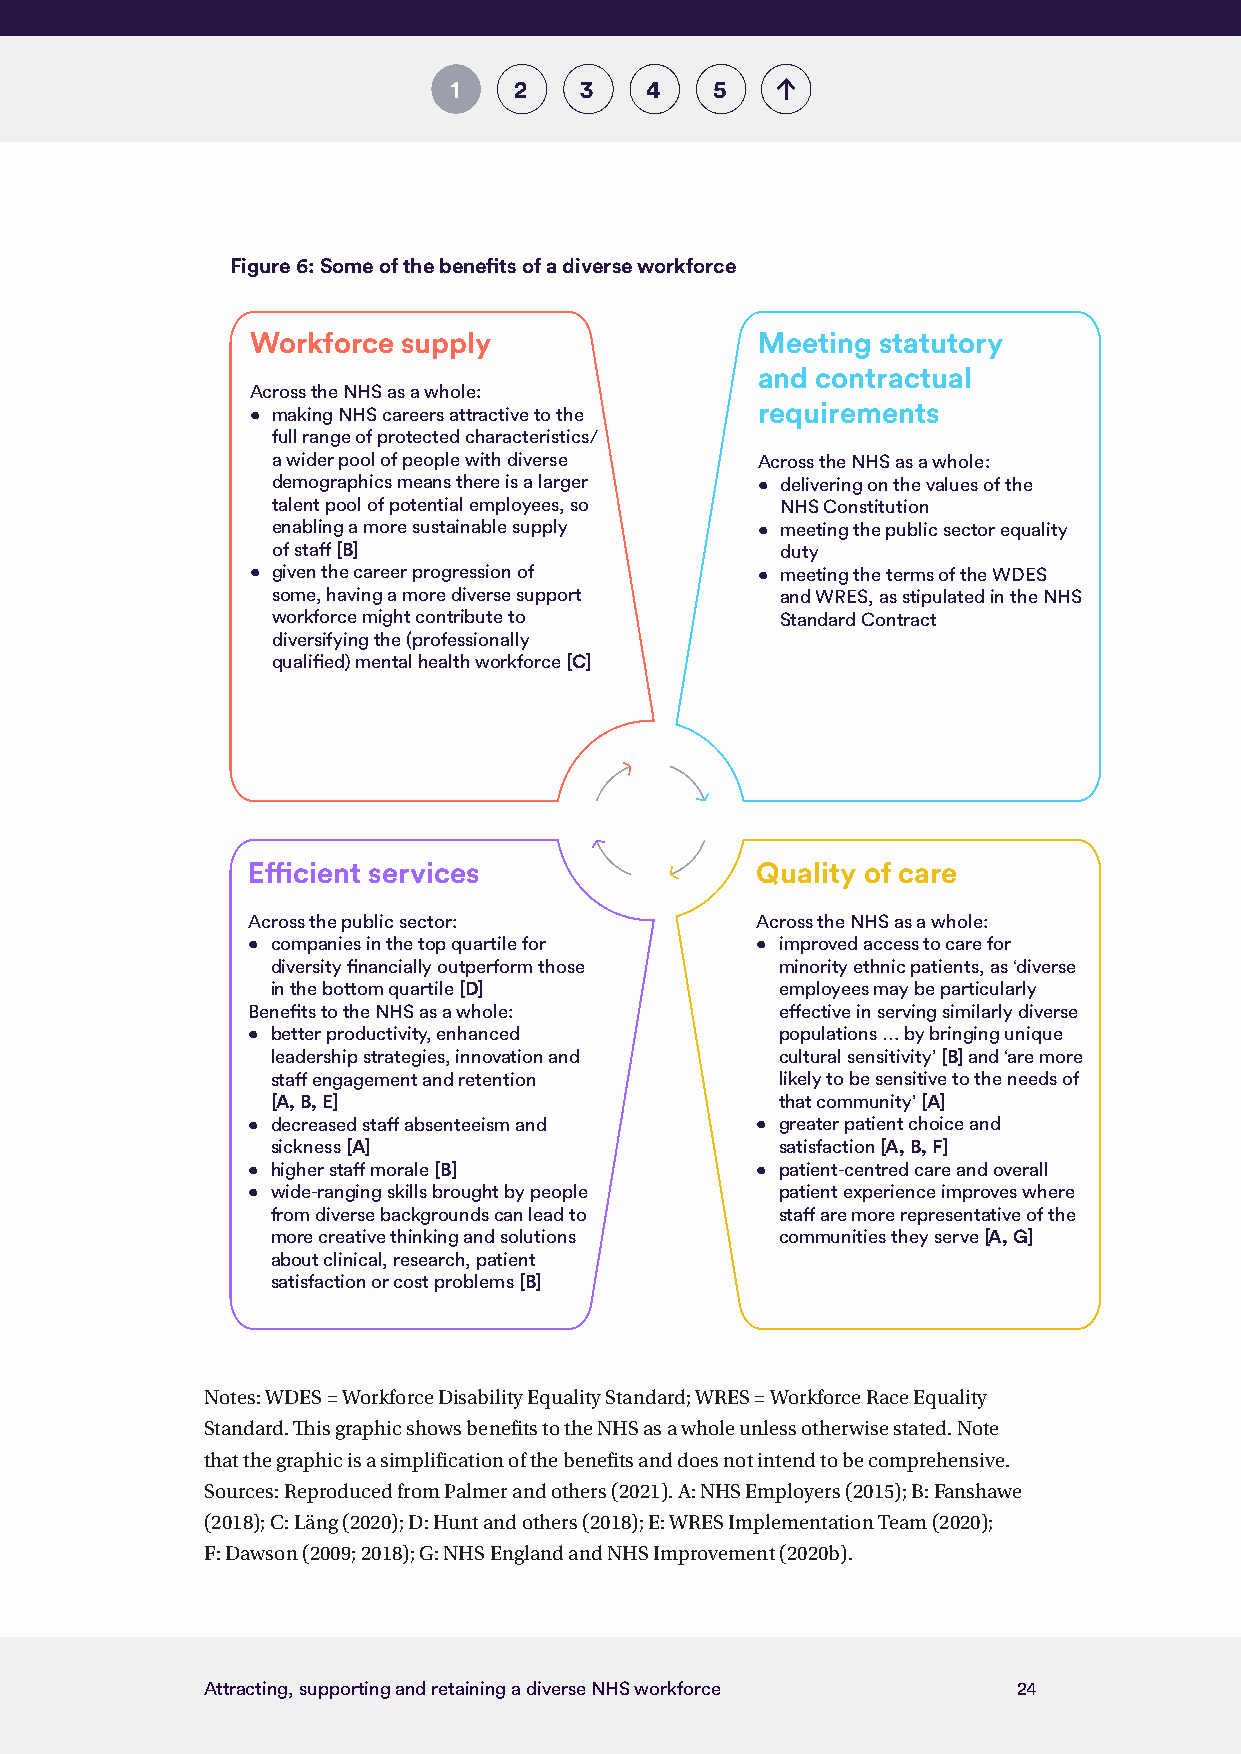
1   2   3    4   5
 Figure 6: Some of the benefits of a diverse workforce
 Workforce supply                 Meeting statutory
 and contractual
 Across the NHS as a whole:
 • making NHS careers attractive to the requirements
 full range of protected characteristics/
 a wider pool of people with diverse Across the NHS as a whole:
 demographics means there is a larger • delivering on the values of the
 talent pool of potential employees, so NHS Constitution
 enabling a more sustainable supply • meeting the public sector equality
 of staff [B]                      duty
 • given the career progression of • meeting the terms of the WDES
 some, having a more diverse support and WRES, as stipulated in the NHS
 workforce might contribute to     Standard Contract
 diversifying the (professionally
 qualified) mental health workforce [C]
 Efficient services                Quality of care
 Across the public sector:         Across the NHS as a whole:
 • companies in the top quartile for • improved access to care for
 diversity financially outperform those minority ethnic patients, as ‘diverse
 in the bottom quartile [D]        employees may be particularly
 Benefits to the NHS as a whole:     effective in serving similarly diverse
 • better productivity, enhanced     populations … by bringing unique
 leadership strategies, innovation and cultural sensitivity’ [B] and ‘are more
 staff engagement and retention    likely to be sensitive to the needs of
 [A, B, E]                         that community’ [A]
 • decreased staff absenteeism and • greater patient choice and
 sickness [A]                      satisfaction [A, B, F]
 • higher staff morale [B]         • patient-centred care and overall
 • wide-ranging skills brought by people patient experience improves where
 from diverse backgrounds can lead to staff are more representative of the
 more creative thinking and solutions communities they serve [A, G]
 about clinical, research, patient
 satisfaction or cost problems [B]
 Notes: WDES = Workforce Disability Equality Standard; WRES = Workforce Race Equality
 Standard. This graphic shows benefits to the NHS as a whole unless otherwise stated. Note
 that the graphic is a simplification of the benefits and does not intend to be comprehensive.
 Sources: Reproduced from Palmer and others (2021). A: NHS Employers (2015); B: Fanshawe
 (2018); C: Läng (2020); D: Hunt and others (2018); E: WRES Implementation Team (2020);
 F: Dawson (2009; 2018); G: NHS England and NHS Improvement (2020b).
 Attracting, supporting and retaining a diverse NHS workforce 24